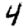
Digit: 4